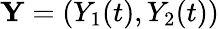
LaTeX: {\mathbf Y}=(Y_{1}(t),Y_{2}(t))